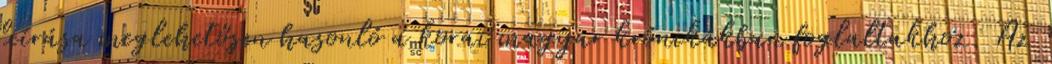
leírása meglehetősen hasonló a korai magyar krónikákban foglaltakhoz. Az